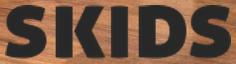
SKIDS